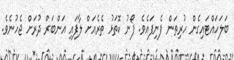
ބަލަހައްޓައިގެން ހުރިތަން ފެނިފައެވެ. ފޯނު ކޮތަޅު ތެރެއަށް ލާފައި އަންބަރް ދުރަށް ޖެހުނެވެ.